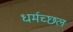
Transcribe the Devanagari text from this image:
धर्मच्छल